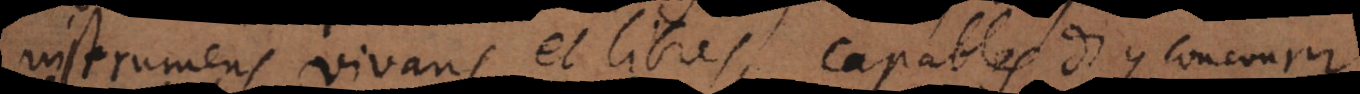
instrumens vivans et libres, capables d’y concourir